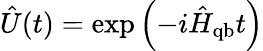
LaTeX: \hat{U}(t)=\exp\left(-i\hat{H}_{\mathrm{qb}}t\right)